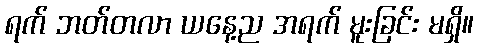
ရက် ဘတ်တလာ ယနေ့ည အရက် မူးခြင်း မရှိ။